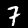
Digit: 7